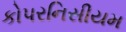
કોપરનિસીયમ